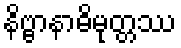
နိဗ္ဗာနာဓိမုတ္တဿ